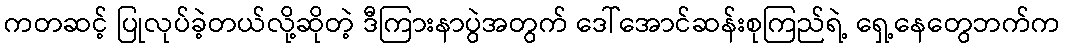
ကတဆင့် ပြုလုပ်ခဲ့တယ်လို့ဆိုတဲ့ ဒီကြားနာပွဲအတွက် ဒေါ်အောင်ဆန်းစုကြည်ရဲ့ ရှေ့နေတွေဘက်က